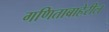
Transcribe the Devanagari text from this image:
गणिताबाहेरील